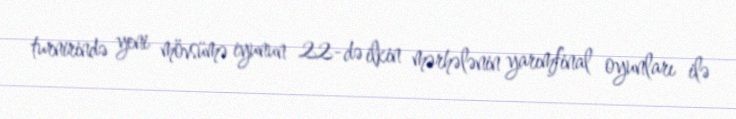
turnirində yeni mövsümə iyunun 22-də ilkin mərhələnin yarımfinal oyunları ilə